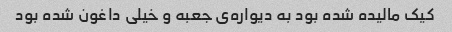
کیک مالیده شده بود به دیواره‌ی جعبه و خیلی داغون شده بود